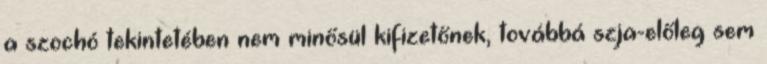
a szochó tekintetében nem minősül kifizetőnek, továbbá szja-előleg sem